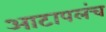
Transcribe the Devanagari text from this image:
आटापलंच